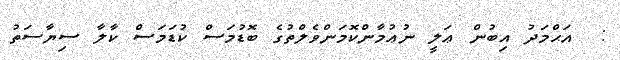
:  އަޙްމަދު އިބުން ޢަލީ ނުޢުމާންކޮމަންވެލްތުގެ ބޮޑުމަސް ކުޑަމަސް ކާލާ ސިޔާސަތު